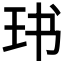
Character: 𱮵